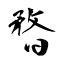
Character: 暓